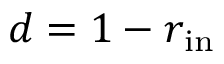
d = 1 - r _ { \mathrm { i n } }